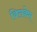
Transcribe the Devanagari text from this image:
बिलकेम